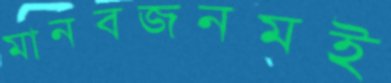
মানবজনমই